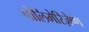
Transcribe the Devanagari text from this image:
पोलिमेरिज़ेष्ण